Annual report of the Bengal Veterinary College and of the Civil Veterinary Department, Bengal, for the year 1919-20 - 1919-1920
Year: 1919
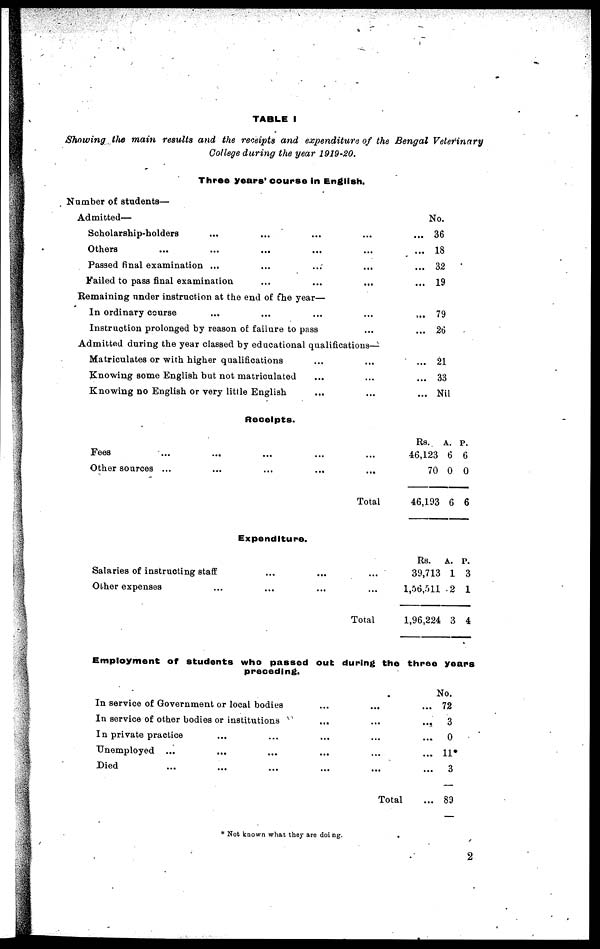
TABLE I
Showing the main results and the receipts and expenditure of the Bengal Veterinary
College during the year 1919-20.
Three years' course in English.
Number of students—
Admitted—
Scholarship-holders ... ... ... ...
Others ... ... ... ... ...
Passed final examination ... ... ... ...
Failed to pass final examination ... ... ...
Remaining under instruction at the end of the year—
In ordinary course ... ... ... ...
Instruction prolonged by reason of failure to pass ...
Admitted during the year classed by educational qualifications—
Matriculates or with higher qualifications ... ...
Knowing some English but not matriculated ... ...
Knowing no English or very little English ... ...
No.
... 36
... 18
... 32
... 19
... 79
... 26
... 21
... 33
... Nil
Fees ...
Other sources ...
...
...
Salaries of instructing staff
Other expenses
...
Receipts.
...
...
...
...
Expenditure.
...
...
...
...
...
...
Total
...
...
Total
Rs. A. p.
46,123 6 6
70 0 0
46,193 6 6
Rs. A. P.
39,713 1 3
1,56,511 2 1
1,96,224 3 4
Employment of students who passed out during the three years
preceding.
In service of Government or local bodies
In service of other bodies or institutions
In private practice ... ...
Unemployed ... ... ...
Died ... ... ...
...
...
...
...
...
...
...
...
...
...
Total
...
...
...
...
...
...
No.
72
3
0
11*
3
89
* Not known what they are doing.
2